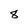
Character: 8